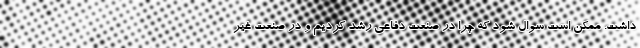
داشت. ممکن است سوال شود که چرا در صنعت دفاعی رشد کردیم و در صنعت غیر